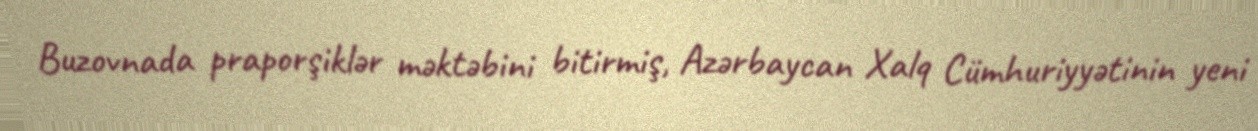
Buzovnada praporşiklər məktəbini bitirmiş, Azərbaycan Xalq Cümhuriyyətinin yeni